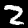
Label: 2